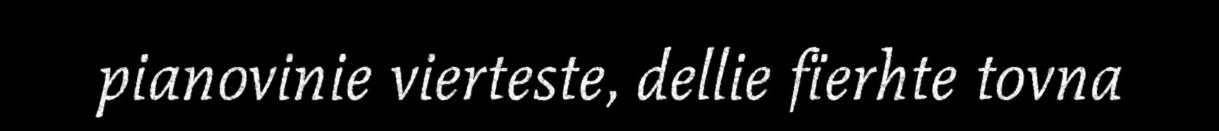
pianovinie vierteste, dellie fïerhte tovna